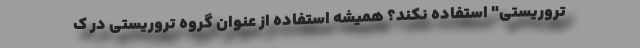
تروریستی" استفاده نکند؟ همیشه استفاده از عنوان گروه تروریستی در ک